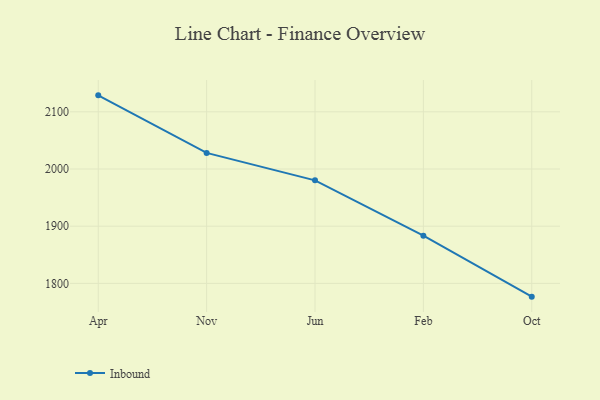
{"axis": {"x": "Month", "y": "Backlog"}, "legend": ["Inbound"], "data": [{"x": "Apr", "y": 2128.8, "type": "Inbound"}, {"x": "Nov", "y": 2028.2, "type": "Inbound"}, {"x": "Jun", "y": 1980.2, "type": "Inbound"}, {"x": "Feb", "y": 1883.5, "type": "Inbound"}, {"x": "Oct", "y": 1776.8, "type": "Inbound"}]}